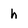
Character: h